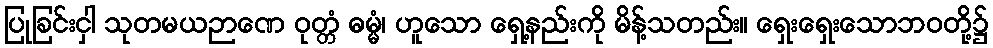
ပြုခြင်းငှါ သုတမယဉာဏေ ဝုတ္တံ ဓမ္မံ၊ ဟူသော ရှေ့နည်းကို မိန့်သတည်း။ ရှေးရှေးသောဘဝတို့၌